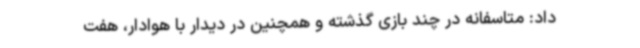
داد: متاسفانه در چند بازی گذشته و همچنین در دیدار با هوادار، هفت